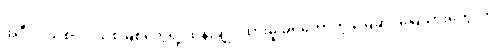
အဲဒီလို သစ်ပင် သစ်မြစ်တွေရဲ့ ထိန်းချုပ်ထားမှု မရှိတော့တဲ့ မြေဆိုင်မြေသားတွေဟာ